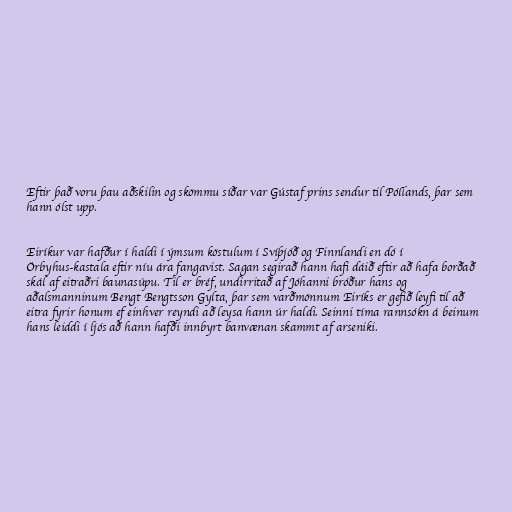
Eftir það voru þau aðskilin og skömmu síðar var Gústaf prins sendur til Póllands, þar sem
hann ólst upp.

Eiríkur var hafður í haldi í ýmsum köstulum í Svíþjóð og Finnlandi en dó í
Örbyhus-kastala eftir níu ára fangavist. Sagan segirað hann hafi dáið eftir að hafa borðað
skál af eitraðri baunasúpu. Til er bréf, undirritað af Jóhanni bróður hans og
aðalsmanninum Bengt Bengtsson Gylta, þar sem varðmönnum Eiríks er gefið leyfi til að
eitra fyrir honum ef einhver reyndi að leysa hann úr haldi. Seinni tíma rannsókn á beinum
hans leiddi í ljós að hann hafði innbyrt banvænan skammt af arseniki.